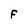
Character: f